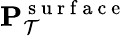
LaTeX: \mathbf{P}_{\mathcal{T}}^{\mathrm{~s~u~r~f~a~c~e~}}